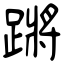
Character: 蹡